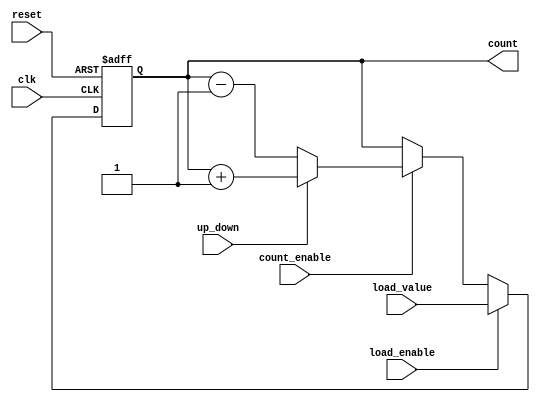
module async_load_counter (
    input wire clk,               // Clock signal
    input wire reset,             // Asynchronous reset
    input wire load_enable,       // Asynchronous load enable
    input wire count_enable,      // Count enable
    input wire up_down,           // Up/Down control (1 for up, 0 for down)
    input wire [N-1:0] load_value,// Value to load
    output reg [N-1:0] count      // Current count value
);
    parameter N = 8; // Number of bits for the counter

    // Asynchronous reset and load logic
    always @(posedge clk or posedge reset) begin
        if (reset) begin
            count <= 0; // Reset the counter to zero
        end else if (load_enable) begin
            count <= load_value; // Load the new value asynchronously
        end else if (count_enable) begin
            if (up_down) begin
                count <= count + 1; // Increment the counter
            end else begin
                count <= count - 1; // Decrement the counter
            end
        end
    end

endmodule